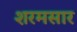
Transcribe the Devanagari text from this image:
शरमसार